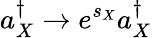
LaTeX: a_{X}^{\dagger}\to e^{s_{X}}a_{X}^{\dagger}